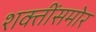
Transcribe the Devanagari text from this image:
शक्तींसमोर